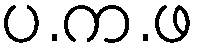
ပ.က.ဖ